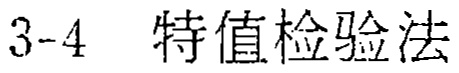
3-4 特值检验法